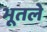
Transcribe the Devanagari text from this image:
भूतले